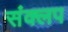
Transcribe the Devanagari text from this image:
संक्लप